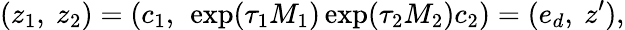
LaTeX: (z_{1},\ z_{2})=(c_{1},\ \exp(\tau_{1}M_{1})\exp(\tau_{2}M_{2})c_{2})=(e_{d},\ z^{\prime}),